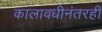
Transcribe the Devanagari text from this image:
कालावधीनंतरही